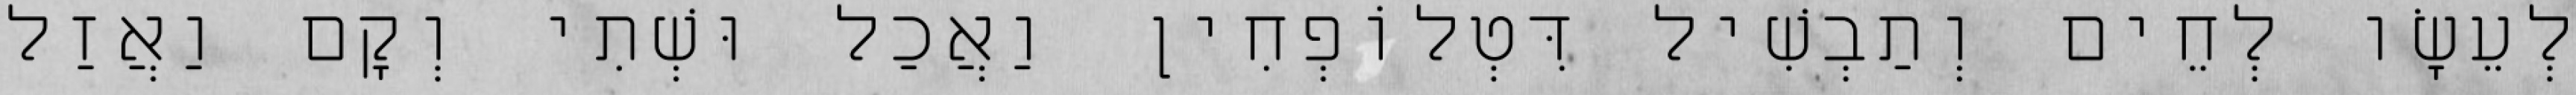
לְעֵשָׂו לְחֵים וְתַבְשִׁיל דִּטְלוֹפְחִין וַאֲכַל וּשְׁתִי וְקָם וַאֲזַל